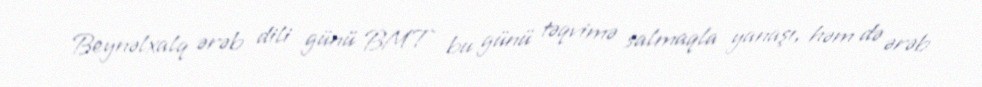
Beynəlxalq ərəb dili günü BMT bu günü təqvimə salmaqla yanaşı, həm də ərəb